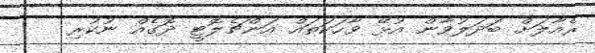
ރެއާލަށް ބަދަލުވާން އުޅޭ ވާހަކަތައް އަންޗެލޮޓީ ދޮގެއް ނުކުރި   !